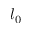
l _ { 0 }